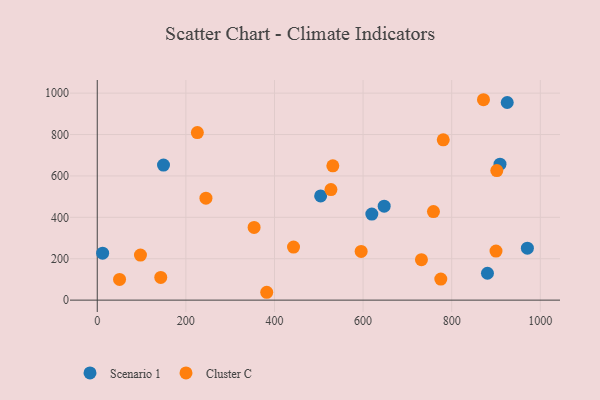
{"axis": {"x": "Investment", "y": "Demand"}, "legend": ["Cluster C", "Scenario 1"], "data": [{"x": "880.7", "y": 130.0, "type": "Scenario 1"}, {"x": "12.1", "y": 226.8, "type": "Scenario 1"}, {"x": "909.0", "y": 656.6, "type": "Scenario 1"}, {"x": "619.7", "y": 415.8, "type": "Scenario 1"}, {"x": "647.6", "y": 454.1, "type": "Scenario 1"}, {"x": "970.8", "y": 251.0, "type": "Scenario 1"}, {"x": "504.2", "y": 503.4, "type": "Scenario 1"}, {"x": "149.5", "y": 652.3, "type": "Scenario 1"}, {"x": "925.3", "y": 954.7, "type": "Scenario 1"}, {"x": "595.6", "y": 235.4, "type": "Cluster C"}, {"x": "901.8", "y": 625.7, "type": "Cluster C"}, {"x": "443.0", "y": 256.2, "type": "Cluster C"}, {"x": "871.7", "y": 968.1, "type": "Cluster C"}, {"x": "97.5", "y": 217.9, "type": "Cluster C"}, {"x": "354.0", "y": 351.1, "type": "Cluster C"}, {"x": "50.3", "y": 100.3, "type": "Cluster C"}, {"x": "143.3", "y": 109.6, "type": "Cluster C"}, {"x": "731.7", "y": 195.4, "type": "Cluster C"}, {"x": "382.5", "y": 38.0, "type": "Cluster C"}, {"x": "225.9", "y": 809.3, "type": "Cluster C"}, {"x": "531.7", "y": 649.0, "type": "Cluster C"}, {"x": "775.4", "y": 101.9, "type": "Cluster C"}, {"x": "527.4", "y": 534.1, "type": "Cluster C"}, {"x": "245.3", "y": 492.5, "type": "Cluster C"}, {"x": "780.9", "y": 774.3, "type": "Cluster C"}, {"x": "758.8", "y": 427.6, "type": "Cluster C"}, {"x": "900.0", "y": 236.9, "type": "Cluster C"}]}